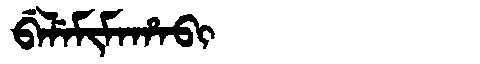
Manchu: ᠪᡝᠯᡝᠮᡳᠮᠠᡥᠠᠪᡳ
Romanization: BELEMIMAHABI